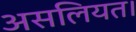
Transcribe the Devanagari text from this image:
असलियत।